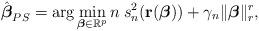
LaTeX: \begin{align*}\hat{\boldsymbol{\beta}}_{PS}=\arg\min_{\boldsymbol{\beta}\in\mathbb{R}^{p}} n \: s_{n}^2(\mathbf{r}(\boldsymbol{\beta}))+\gamma_n\Vert\boldsymbol{\beta}\Vert_{r}^{r},\end{align*}